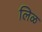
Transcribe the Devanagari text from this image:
लिळ